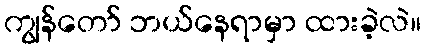
ကျွန်တော် ဘယ်နေရာမှာ ထားခဲ့လဲ။